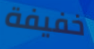
خفيفة